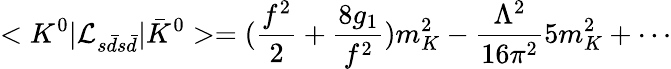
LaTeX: <K^{0}|{\cal L}_{s\bar{d}s\bar{d}}|\bar{K}^{0}>=(\frac{f^{2}}{2}+\frac{8g_{1}}{f^{2}})m_{K}^{2}-\frac{\Lambda^{2}}{16\pi^{2}}5m_{K}^{2}+\cdots